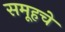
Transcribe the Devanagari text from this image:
समूहचे